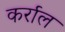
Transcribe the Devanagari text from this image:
कर्राल